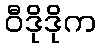
ဝီဒိုဒိုက